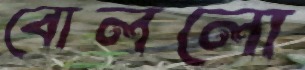
বোললো